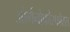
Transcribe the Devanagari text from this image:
ओर्गनोफोस्फोरस